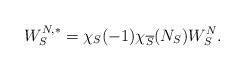
LaTeX: \begin{align*}W_S^{N,*}=\chi_S(-1)\chi_{\overline{S}}(N_S)W_S^N.\end{align*}